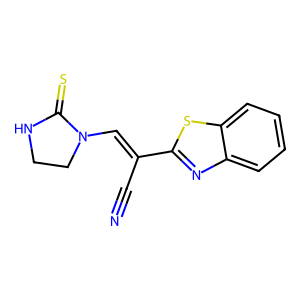
SMILES: N#CC(=CN1CCNC1=S)c1nc2ccccc2s1
Inhibits HIV replication: No